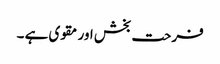
فرحت بخش اور مقوی ہے ۔